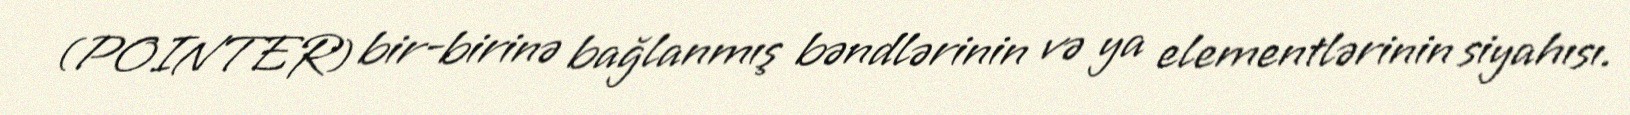
(POINTER) bir-birinə bağlanmış bəndlərinin və ya elementlərinin siyahısı.